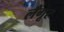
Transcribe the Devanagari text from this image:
लँगूर